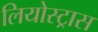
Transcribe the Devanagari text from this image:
लियोस्ट्रास